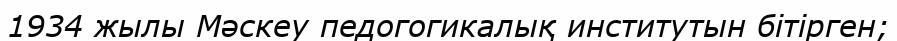
1934 жылы Мәскеу педогогикалық институтын бітірген;